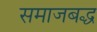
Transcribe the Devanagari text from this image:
समाजबद्ध